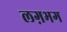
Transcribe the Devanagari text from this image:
लग़भग